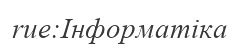
rue:Інформатіка